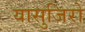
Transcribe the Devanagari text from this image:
यासुजिरो